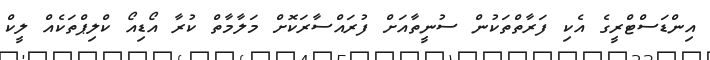
އިންޑަސްޓްރީގެ އެކި ފަރާތްތަކުން ސުނީތާއަށް ފުރައްސާރަކޮށް މަލާމާތް ކުރާ އޯޑިއޯ ކްލިޕްތަކެއް ލީކް